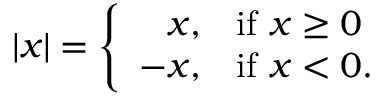
| x | = \left\{ { \begin{array} { r l } { x , } & { { \mathrm { i f ~ } } x \geq 0 } \\ { - x , } & { { \mathrm { i f ~ } } x < 0 . } \end{array} } \right.